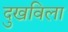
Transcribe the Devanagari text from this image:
दुखविला